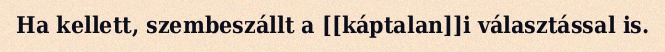
Ha kellett, szembeszállt a [[káptalan]]i választással is.